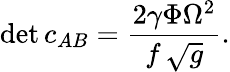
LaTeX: \operatorname*{det}c_{AB}={\frac{2\gamma\Phi\Omega^{2}}{f\, \sqrt{g}}}.